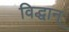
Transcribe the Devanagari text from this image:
विद्धान्‌